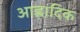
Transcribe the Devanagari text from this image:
आह्लादिक